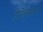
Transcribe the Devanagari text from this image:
रोहिल्यांवर